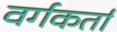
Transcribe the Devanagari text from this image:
वर्गकर्ता